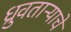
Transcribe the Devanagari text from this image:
ध्रुवताऱ्याचे